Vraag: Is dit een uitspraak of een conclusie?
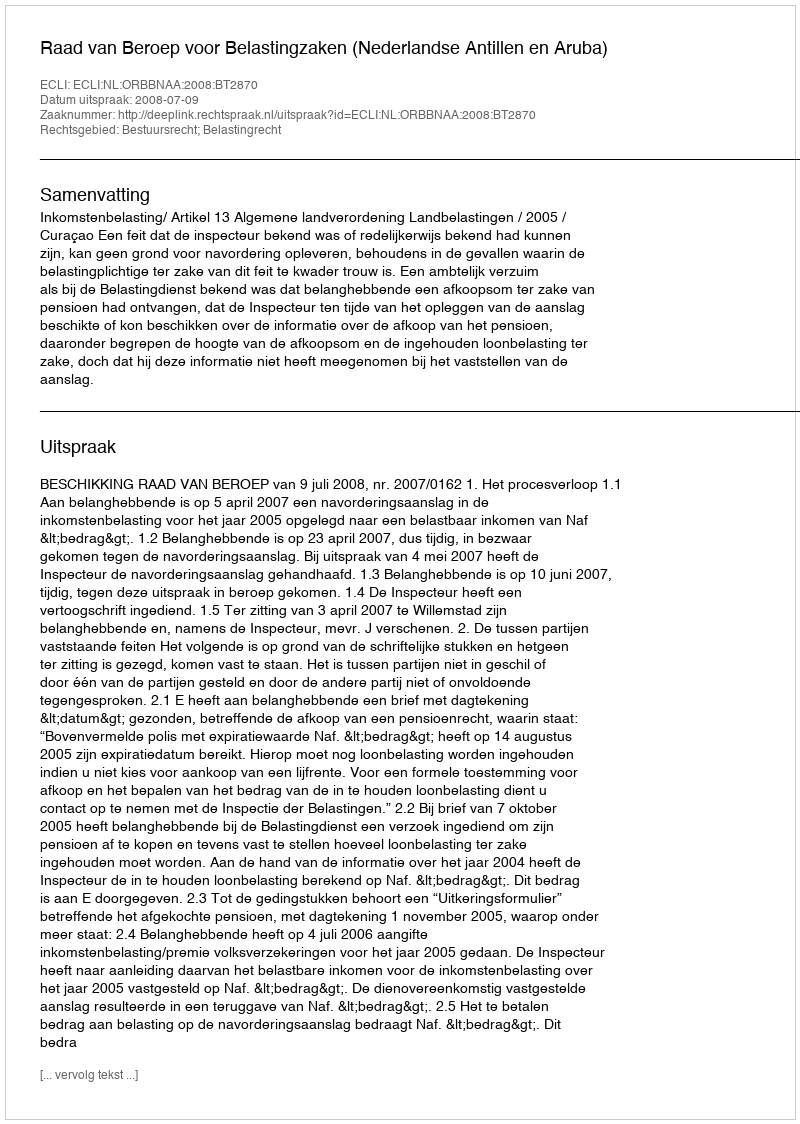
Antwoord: Uitspraak